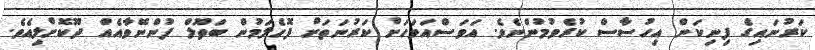
ކަރުނައިގެ ފިނިކަން އިހުސާސް ކުރެވުމުންނެވެ. އަވަސްއަވަހަށް ކަރުނަތަށް ފޮހެލަމުން ބަތޫލް ފުންނޭވާއެއް ދޫކޮށްލިއެވެ.